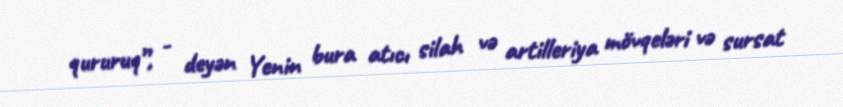
qururuq”, - deyən Yenin bura atıcı silah və artilleriya mövqeləri və sursat